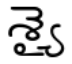
శ్యై